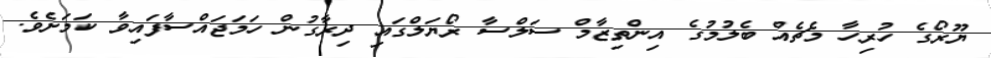
ޔޫރޯގެ ހުރިހާ މެޗެއް ބެލުމުގެ އިންތިޒާމް ސަލްސާ ރޯޔަލްގައި ދިރާގުން ހަމަޖައްސާފައިވާ ކަމަށެވެ.